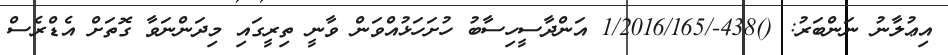
އިޢުލާނު ނަންބަރު: ()438-/1/2016/165 އަންދާސީހިސާބު ހުށަހަޅުއްވަން ވާނީ ތިރީގައި މިދަންނަވާ ގޮތަށް އެޑްރެސް